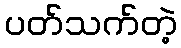
ပတ်သက်တဲ့